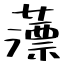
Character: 薸